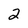
Character: 2